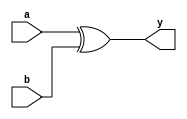
module basic_xor(a, b, y);  
input a, b;
output y;
assign y = a ^ b;
endmodule